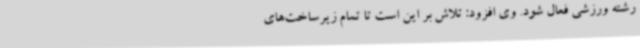
رشته ورزشی فعال شود. وی افزود: تلاش بر این است تا تمام زیرساخت‌های